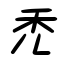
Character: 禿